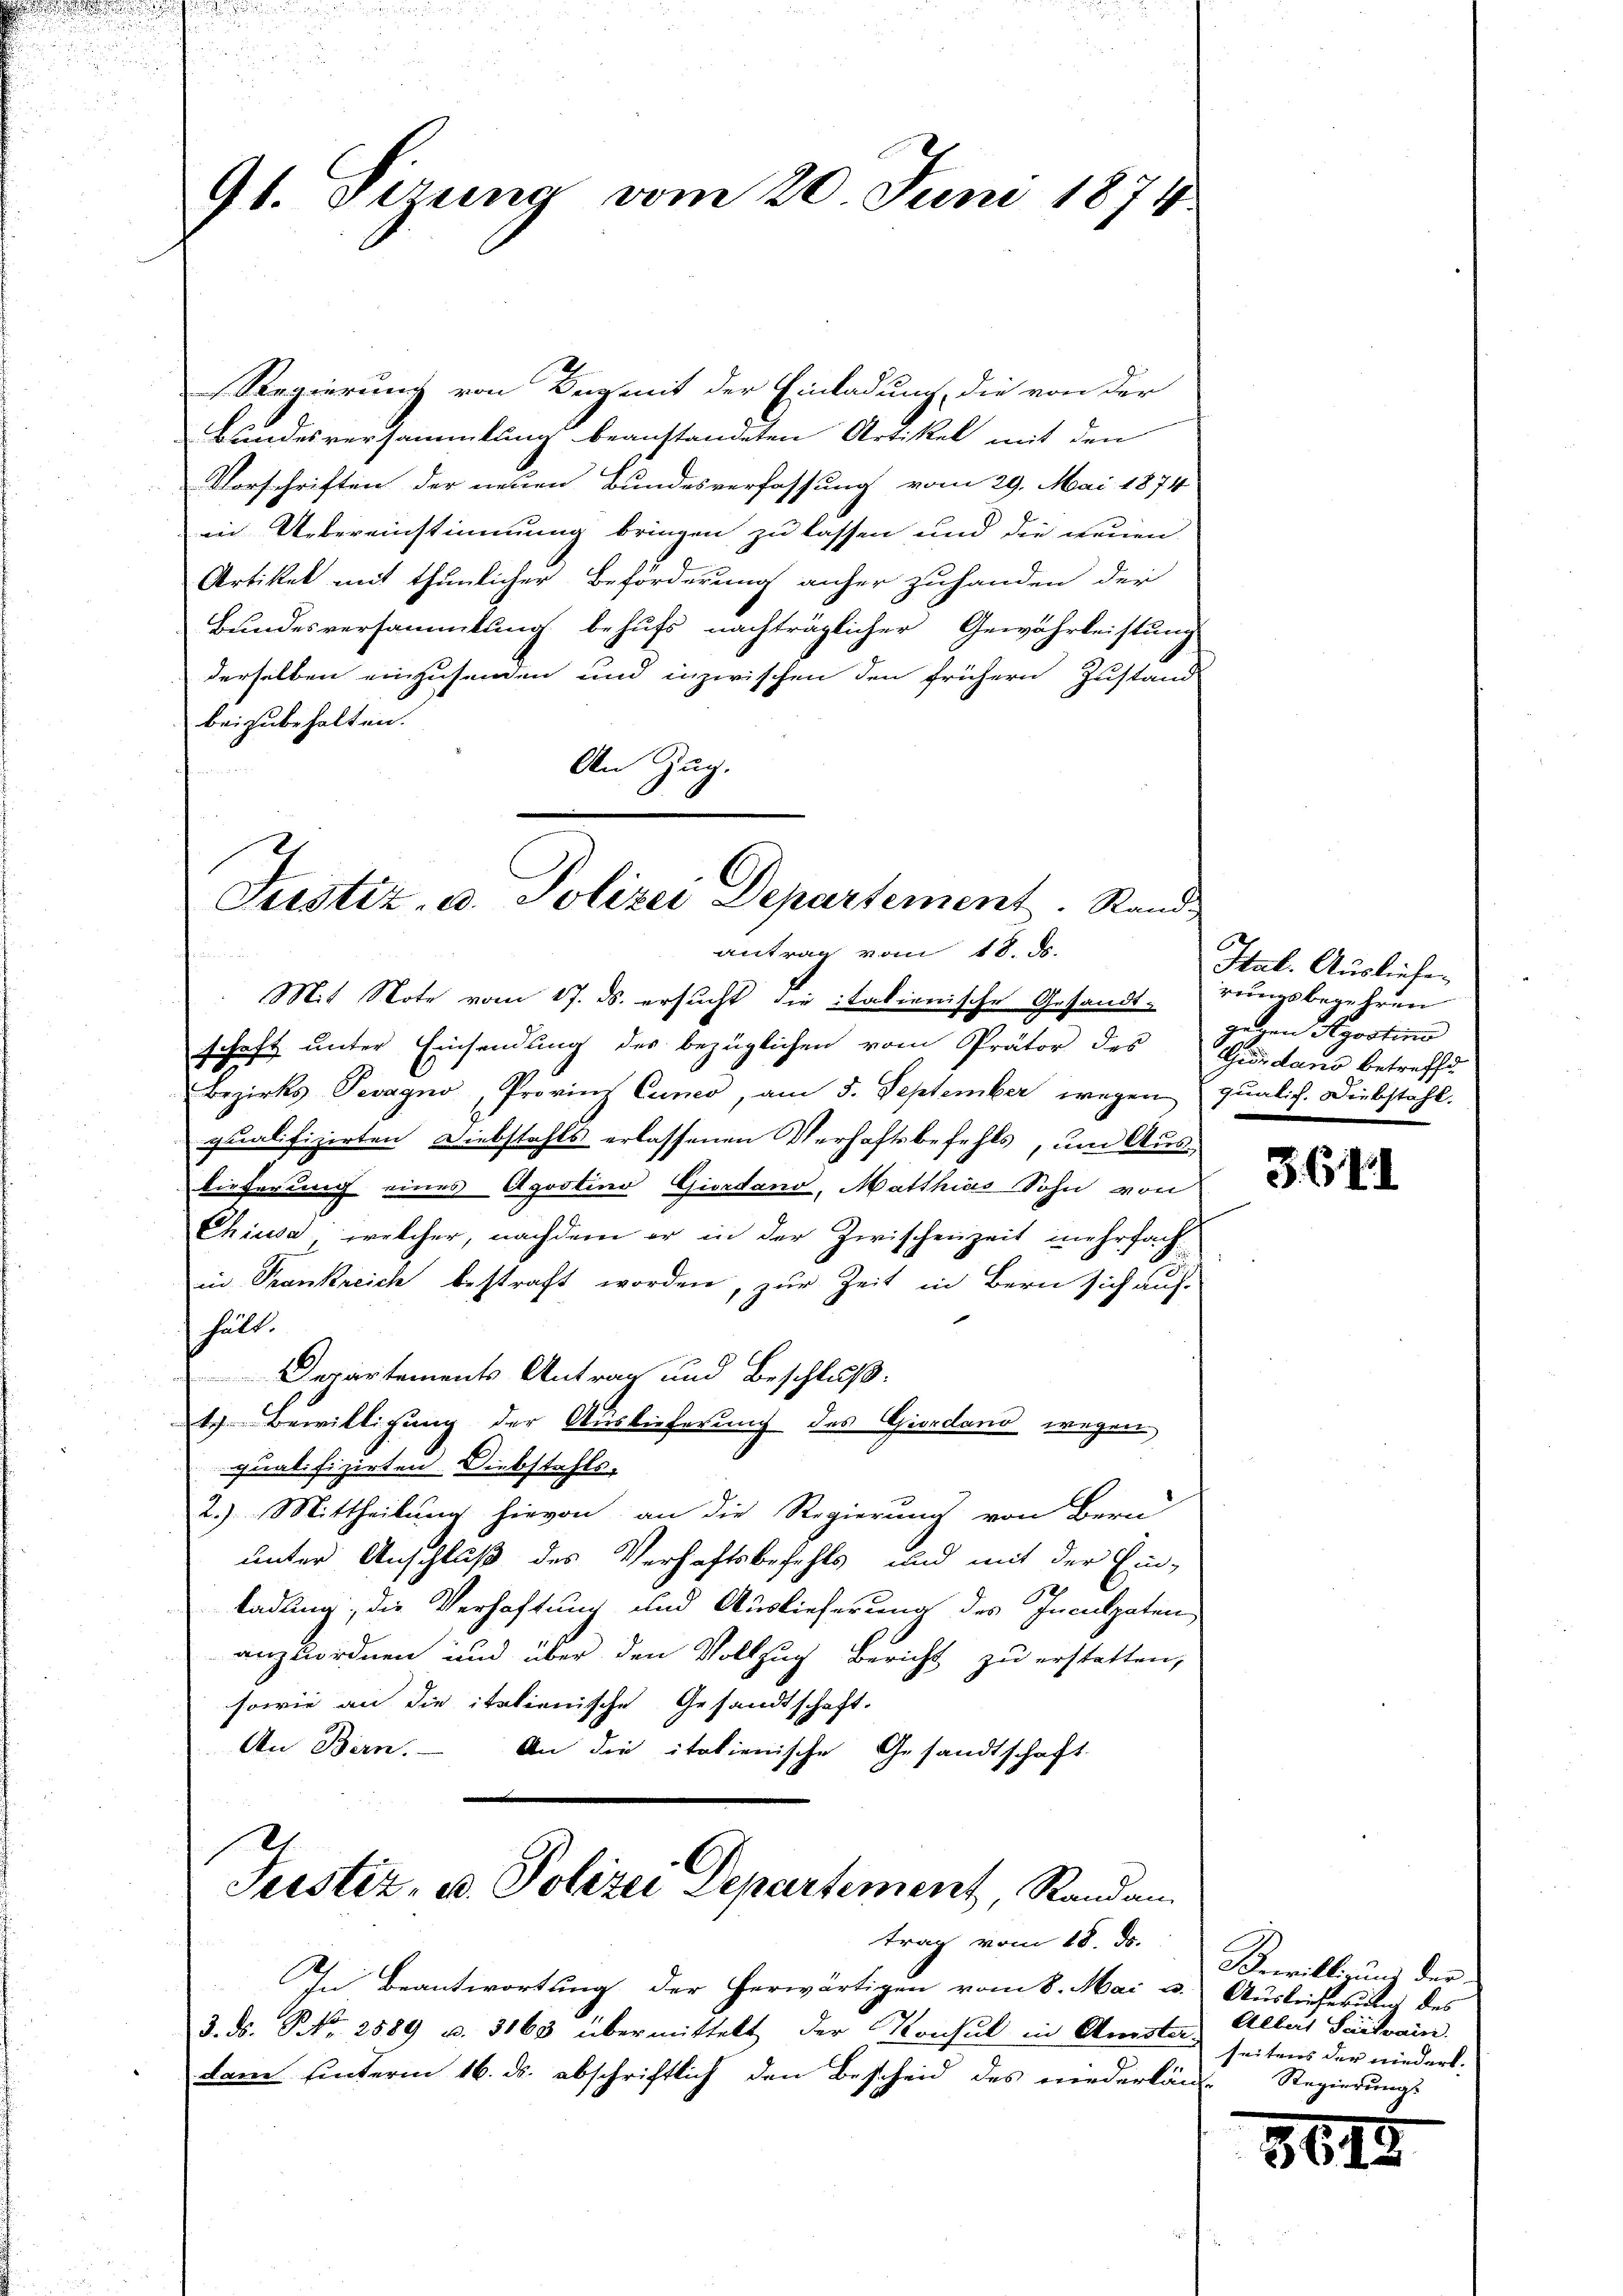
d

91. Sizung vom 20. Juni 1874

Regierung von Begeit der Einladung, die von der
Bundesversammlung beanstandeten Artikel mit den
Vorschriften der neuen Bundesverfassung vom 29. Mai 1874
in Uebereinstimmung bringen zu lassen und die neuen
Artiket mit thunlicher Beförderung anher zuhanden der
Bundesversammlung behufs nachträglicher Gewährleistung
derselben einzusenden und inzwischen den frühern Zustand
beizubehalten.
An Zug.
Justiz, u. Polizei Departement. Stand

antrag vom 18. ds.

Mit Note vom 17. ds. ersucht die italienische Gesandt-
schaft unter Einsendung des bezüglichen vom Prätor des Quidano betreffe
Bezirks Tevagno, Provinz Cuno, am 5. September wegen qualich. Diebstahl.
qualifizirten Diebstahls erlassenen Verhaftsbefehls, um Auslieferung eines Agootino Giordano, Matthias Sohn von
Chiusa, welcher, nachdem er in der Zwischenzeit mehrfachin Trankreich bestraft worden, zur Zeit in Bern sich auf
hält.
Departements Antrag und Beschluß:
tr. Bewilligung der Auslieferung des Giordand wegen
qualifizirten Diebstahls-
2.) Mittheilung hievon an die Regierung von Bern
unter Anschluß des Verhaftsbefehls und mit der Ein-
ladung, die Verhaftung und Auslieferung des Inculpaten,
anzuordnen und über den Vollzug Bericht zu erstatten,
sowie an die italienische Gesandtschaft.
An Bern. — An die italienische Gesandtschaft

D
Seestiz, u. Polizei Departement, Randan

In Beantwortung der herwärtigen vom 8. Mai v. Auslieferung des
3. ds. S. Nr. 2889 u. 3163 übermittelt der Konsul in Amster Aller Saitvain.
dam hinterm 16. ds. abschriftlich den Bescheid des niederlän-Regierungs

trag vom 18. ds.

Stat. Ausliefe.
rungsbegehren
gegen Roostinne

3641

Bewilligung der
seitens der niedert.

30.